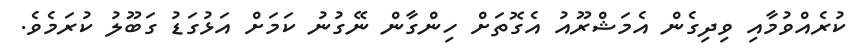
ކުރެއްވުމާއި ވިދިގެން އެމަޝްރޫއު އެގޮތަށް ހިންގާން ނޭގުނު ކަމަށް އަޅުގަޑު ގަބޫލު ކުރަމެވެ.